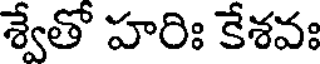
శ్వేతో హరిః కేశవః